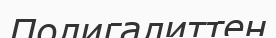
Полигалиттен